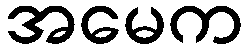
အမေက